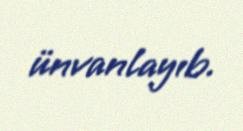
ünvanlayıb.